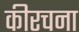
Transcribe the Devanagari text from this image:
कीरचना